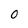
Character: O